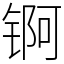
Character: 锕